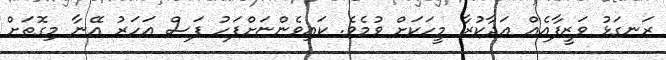
ރަނގަޅު ވަޒީފާއެއް އަދާކުރާ މީހަކަށް ވުމެވެ. ކައިވެންޏަށްފަހު ފަސް އަހަރު އޭނާ މިގޮތަށް